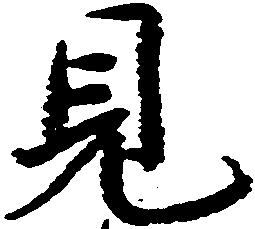
見